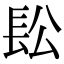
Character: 𨱛